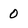
Character: 0